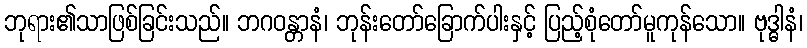
ဘုရား၏သာဖြစ်ခြင်းသည်။ ဘဂဝန္တာနံ၊ ဘုန်းတော်ခြောက်ပါးနှင့် ပြည့်စုံတော်မူကုန်သော။ ဗုဒ္ဓါနံ၊